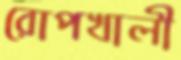
রোপখালী